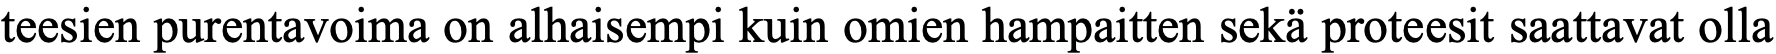
teesien purentavoima on alhaisempi kuin omien hampaitten sekä proteesit saattavat olla